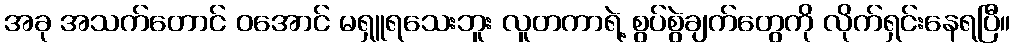
အခု အသက်တောင် ဝအောင် မရှူရသေးဘူး လူတကာရဲ့ စွပ်စွဲချက်တွေကို လိုက်ရှင်းနေရပြီ။